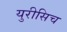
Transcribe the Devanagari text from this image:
युरीसिच